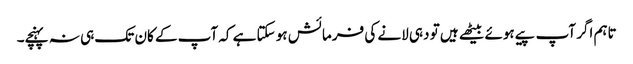
تاہم اگر آپ پیے ہوئے بیٹھے ہیں تو دہی لانے کی فرمائش ہو سکتا ہے کہ آپ کے کان تک ہی نہ پہنچے۔